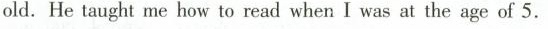
old. He taught me how to read when I was at the age of 5.